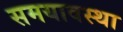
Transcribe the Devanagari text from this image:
समयावस्था